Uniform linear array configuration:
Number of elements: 64
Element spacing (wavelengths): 0.25
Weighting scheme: hann
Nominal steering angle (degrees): -30
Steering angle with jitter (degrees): -28.385
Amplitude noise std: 0.05
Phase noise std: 0.05

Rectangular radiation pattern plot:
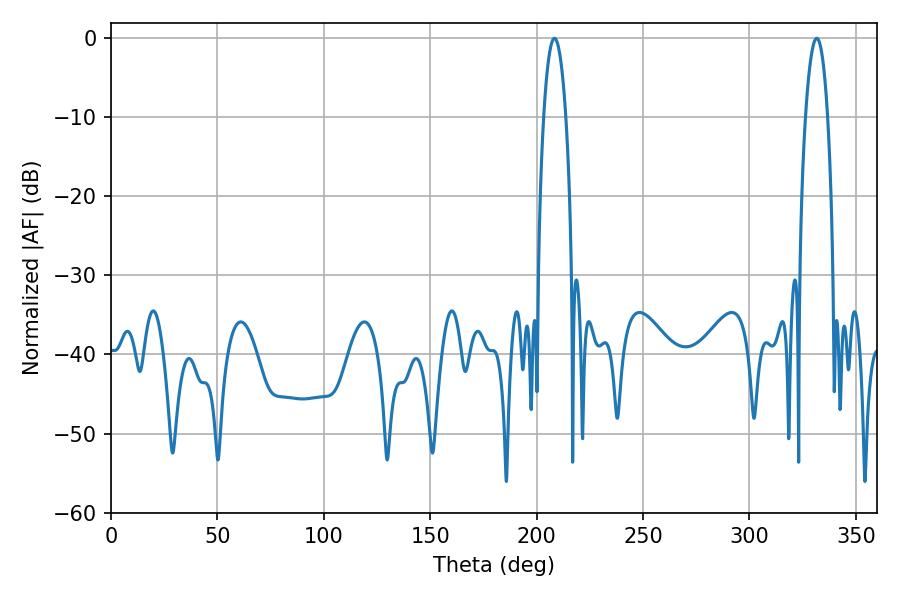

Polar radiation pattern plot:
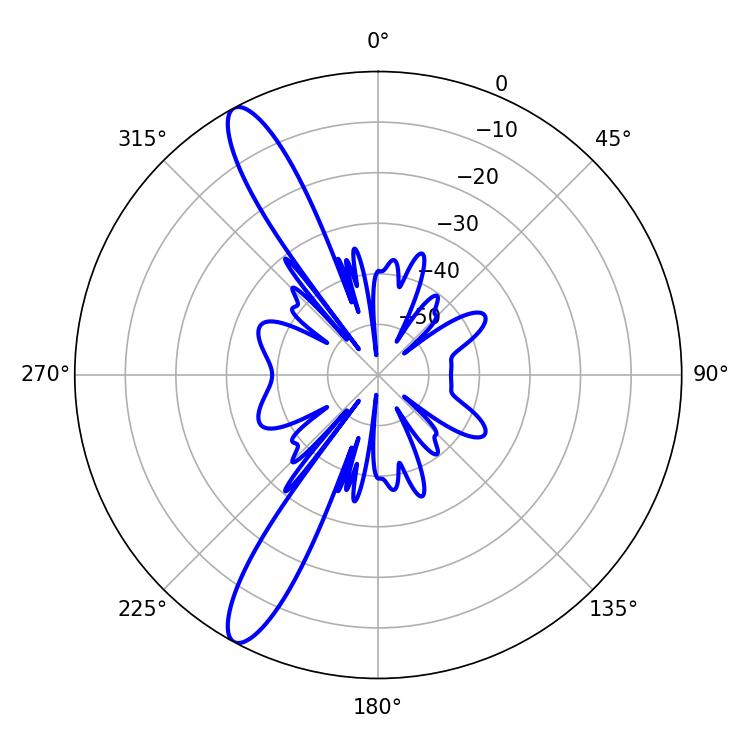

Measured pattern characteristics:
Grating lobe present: FALSE
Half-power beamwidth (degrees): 5.76
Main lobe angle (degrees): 208.44